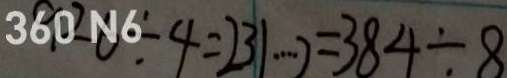
9 2 6 \div 4 = 2 3 1 \cdots 2 = 3 8 4 \div 8